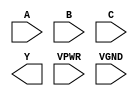
module sky130_fd_sc_hs__nor3 (
    //# {{data|Data Signals}}
    input  A   ,
    input  B   ,
    input  C   ,
    output Y   ,

    //# {{power|Power}}
    input  VPWR,
    input  VGND
);
endmodule